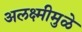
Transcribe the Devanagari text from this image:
अलक्ष्मीमुळे